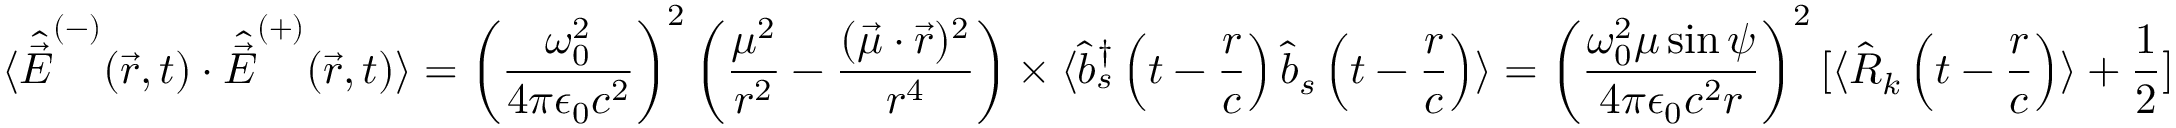
\langle { \hat { \vec { E } } } ^ { ( - ) } ( { \vec { r } } , t ) \cdot { \hat { \vec { E } } } ^ { ( + ) } ( { \vec { r } } , t ) \rangle = \left( { \frac { \omega _ { 0 } ^ { 2 } } { 4 \pi \epsilon _ { 0 } c ^ { 2 } } } \right) ^ { 2 } \left( { \frac { \mu ^ { 2 } } { r ^ { 2 } } } - { \frac { ( { \vec { \mu } } \cdot { \vec { r } } ) ^ { 2 } } { r ^ { 4 } } } \right) \times \langle { \hat { b } } _ { s } ^ { \dagger } \left( t - { \frac { r } { c } } \right) { \hat { b } } _ { s } \left( t - { \frac { r } { c } } \right) \rangle = \left( { \frac { \omega _ { 0 } ^ { 2 } \mu \sin \psi } { 4 \pi \epsilon _ { 0 } c ^ { 2 } r } } \right) ^ { 2 } [ \langle { \hat { R } } _ { k } \left( t - { \frac { r } { c } } \right) \rangle + { \frac { 1 } { 2 } } ]